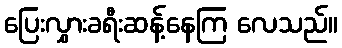
ပြေးလွှားခရီးဆန့်နေကြ လေသည်။